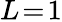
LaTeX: L\! =\! 1